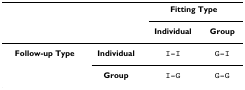
<table><thead><tr><td></td><td></td><td colspan="2"><b>Fitting Type</b></td></tr><tr><td></td><td></td><td><b>Individual</b></td><td><b>Group</b></td></tr></thead><tbody><tr><td><b>Follow-up Type</b></td><td><b>Individual</b></td><td>I-I</td><td>G-I</td></tr><tr><td></td><td><b>Group</b></td><td>I-G</td><td>G-G</td></tr></tbody></table>